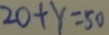
2 0 + y = 5 0